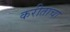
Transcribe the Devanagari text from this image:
करीताचा